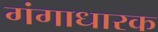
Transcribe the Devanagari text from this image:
गंगाधारक